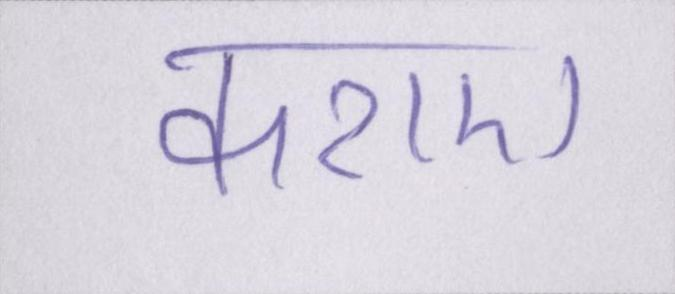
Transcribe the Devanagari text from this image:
कराए